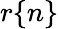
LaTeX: r\{ n\}